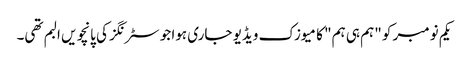
یکم نومبر کو "ہم ہی ہم" کا میوزک ویڈیو جاری ہوا جو سٹرنگز کی پانچویں البم تھی۔